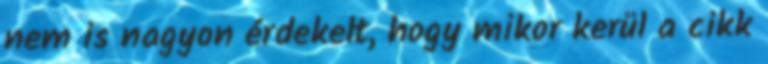
nem is nagyon érdekelt, hogy mikor kerül a cikk